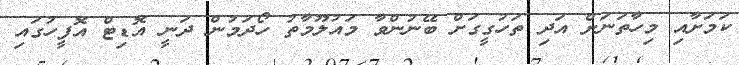
ކަމަށާއި މިހާތަނަށް އަދި ތަހުގީގަށް ބޭނުންވާ މައުލޫމާތު ހޯދަމުން ދަނީ އޮޑިޓް އޮފީހުގައި